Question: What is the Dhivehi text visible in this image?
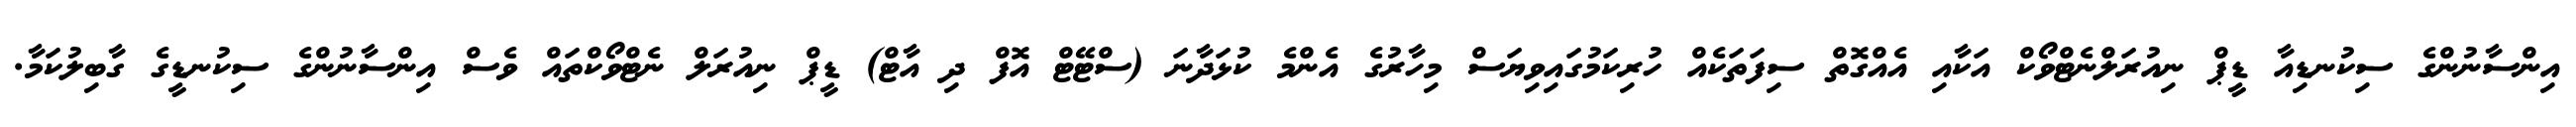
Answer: އިންސާނުންގެ ސިކުނޑިއާ ޑީޕް ނިއުރަލްނެޓްވޯކް އަކާއި އެއްގޮތް ސިފަތަކެއް ހުރިކަމުގައިވިޔަސް މިހާރުގެ އެންމެ ކުޅަދާނަ (ސްޓޭޓް އޮފް ދި އާޓް) ޑީޕް ނިއުރަލް ނެޓްވޯކްތައް ވެސް އިންސާނުންގެ ސިކުނޑީގެ ގާބިލުކަމާ.